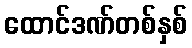
ထောင်ဒဏ်တစ်နှစ်